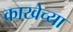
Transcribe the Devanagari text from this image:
काखेच्या